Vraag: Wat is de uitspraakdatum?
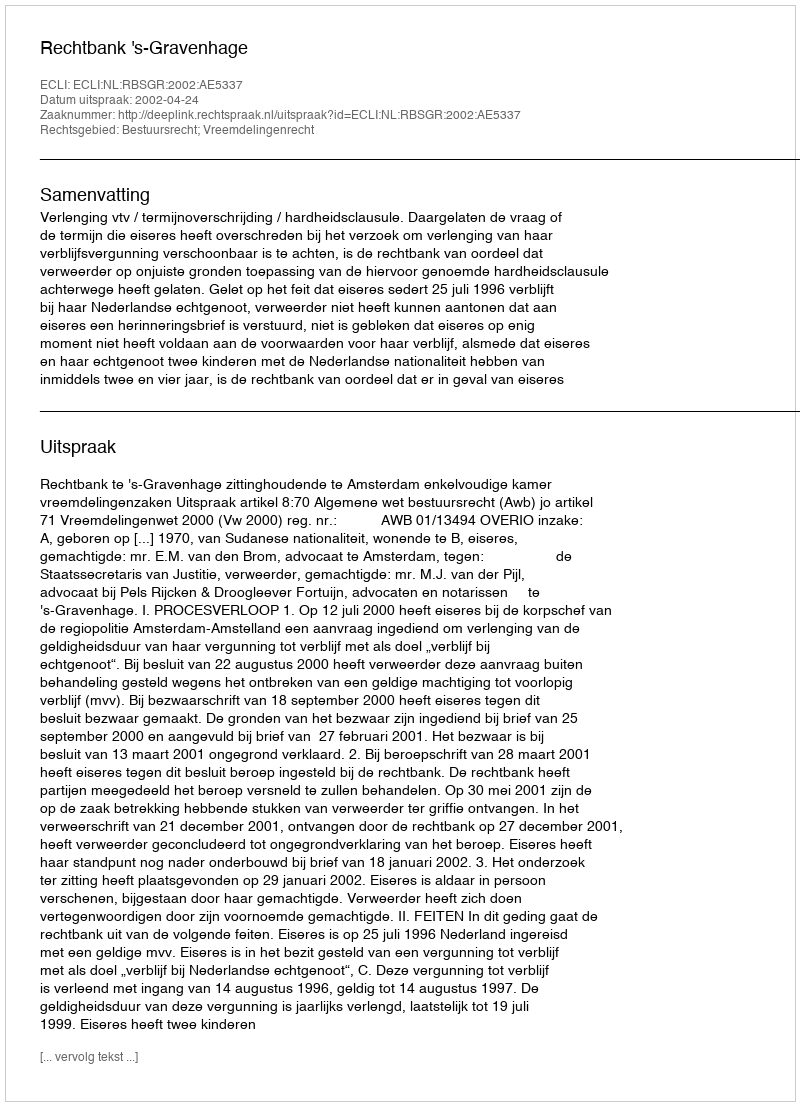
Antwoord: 2002-04-24